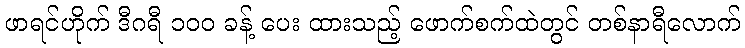
ဖာရင်ဟိုက် ဒီဂရီ ၁၀၀ ခန့် ပေး ထားသည့် ဖောက်စက်ထဲတွင် တစ်နာရီလောက်